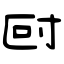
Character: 尀